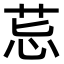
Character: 𦮤